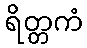
ရိတ္တကံ